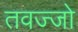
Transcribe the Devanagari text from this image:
तवज्‍जो